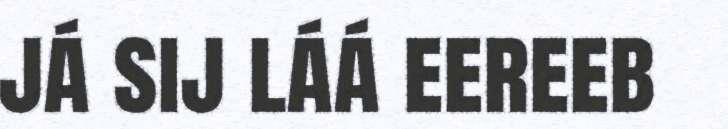
já sij láá eereeb